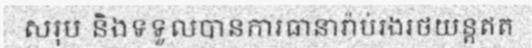
សរុប និងទទួលបានការធានារ៉ាប់រងរថយន្តឥត